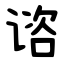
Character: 谘